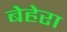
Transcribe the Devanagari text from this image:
बेहेरा